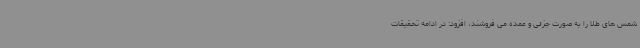
شمس های طلا را به صورت جزئی و عمده می فروشند، افزود: در ادامه تحقیقات